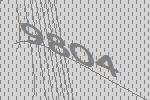
9804